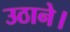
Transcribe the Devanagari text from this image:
उठाने।